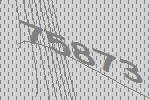
75873